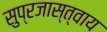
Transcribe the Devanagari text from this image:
सुप्रजास्त्वाय